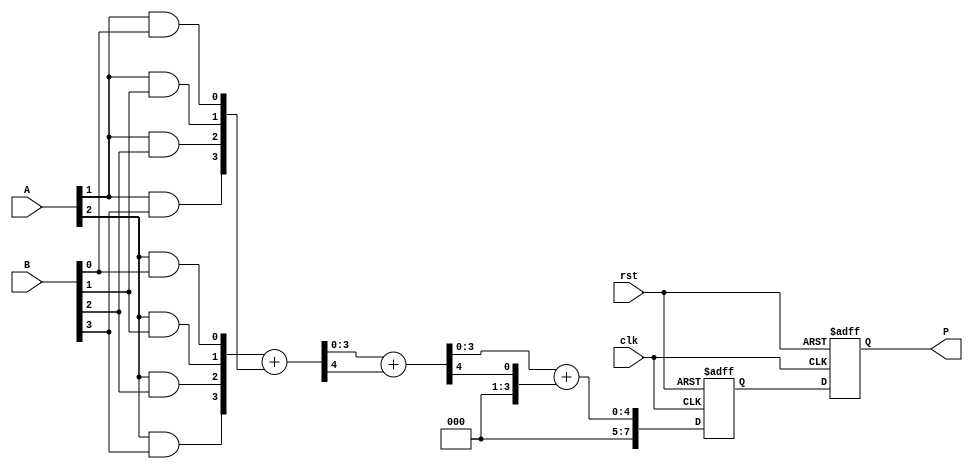
module WallaceTreeMultiplier #(parameter N = 4) (
    input clk,
    input rst,
    input [N-1:0] A,
    input [N-1:0] B,
    output reg [2*N-1:0] P
);

    // Partial product generation
    wire [N-1:0] pp [0:N-1]; // Partial products
    genvar i, j;
    generate
        for (i = 0; i < N; i = i + 1) begin : pp_gen
            for (j = 0; j < N; j = j + 1) begin : pp_bit
                assign pp[i][j] = A[i] & B[j];
            end
        end
    endgenerate

    // Internal wires for reduction stage
    wire [N-1:0] sum [0:N-1];
    wire [N-1:0] carry [0:N-1];

    // Wallace tree reduction
    generate
        for (i = 0; i < N; i = i + 1) begin : reduction_stage
            if (i == 0) begin
                // First stage: direct assignment of partial products
                assign sum[i] = pp[i];
                assign carry[i] = 0;
            end else begin
                // Half adders and full adders for reduction
                if (i < N-1) begin
                    // Half adders for pairs of bits
                    assign {carry[i], sum[i]} = pp[i] + pp[i-1];
                end else begin
                    // Final stage: sum all remaining bits
                    assign {carry[i], sum[i]} = sum[i-1] + carry[i-1];
                end
            end
        end
    endgenerate

    // Final addition stage
    reg [2*N-1:0] final_sum;
    always @(posedge clk or posedge rst) begin
        if (rst) begin
            P <= 0;
            final_sum <= 0;
        end else begin
            final_sum <= sum[N-1] + carry[N-1];
            P <= final_sum;
        end
    end

endmodule